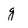
Character: g